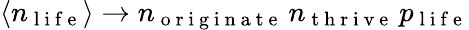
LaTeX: \langle n_{\mathrm{~l~i~f~e~}}\rangle\rightarrow n_{\mathrm{~o~r~i~g~i~n~a~t~e~}}\, n_{\mathrm{~t~h~r~i~v~e~}}\, p_{\mathrm{~l~i~f~e~}}